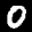
Label: 0